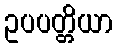
ဥပပတ္တိယာ